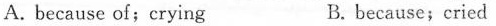
A. because of;crying B. because;cried